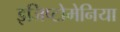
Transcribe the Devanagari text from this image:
इजिप्टोमेनिया